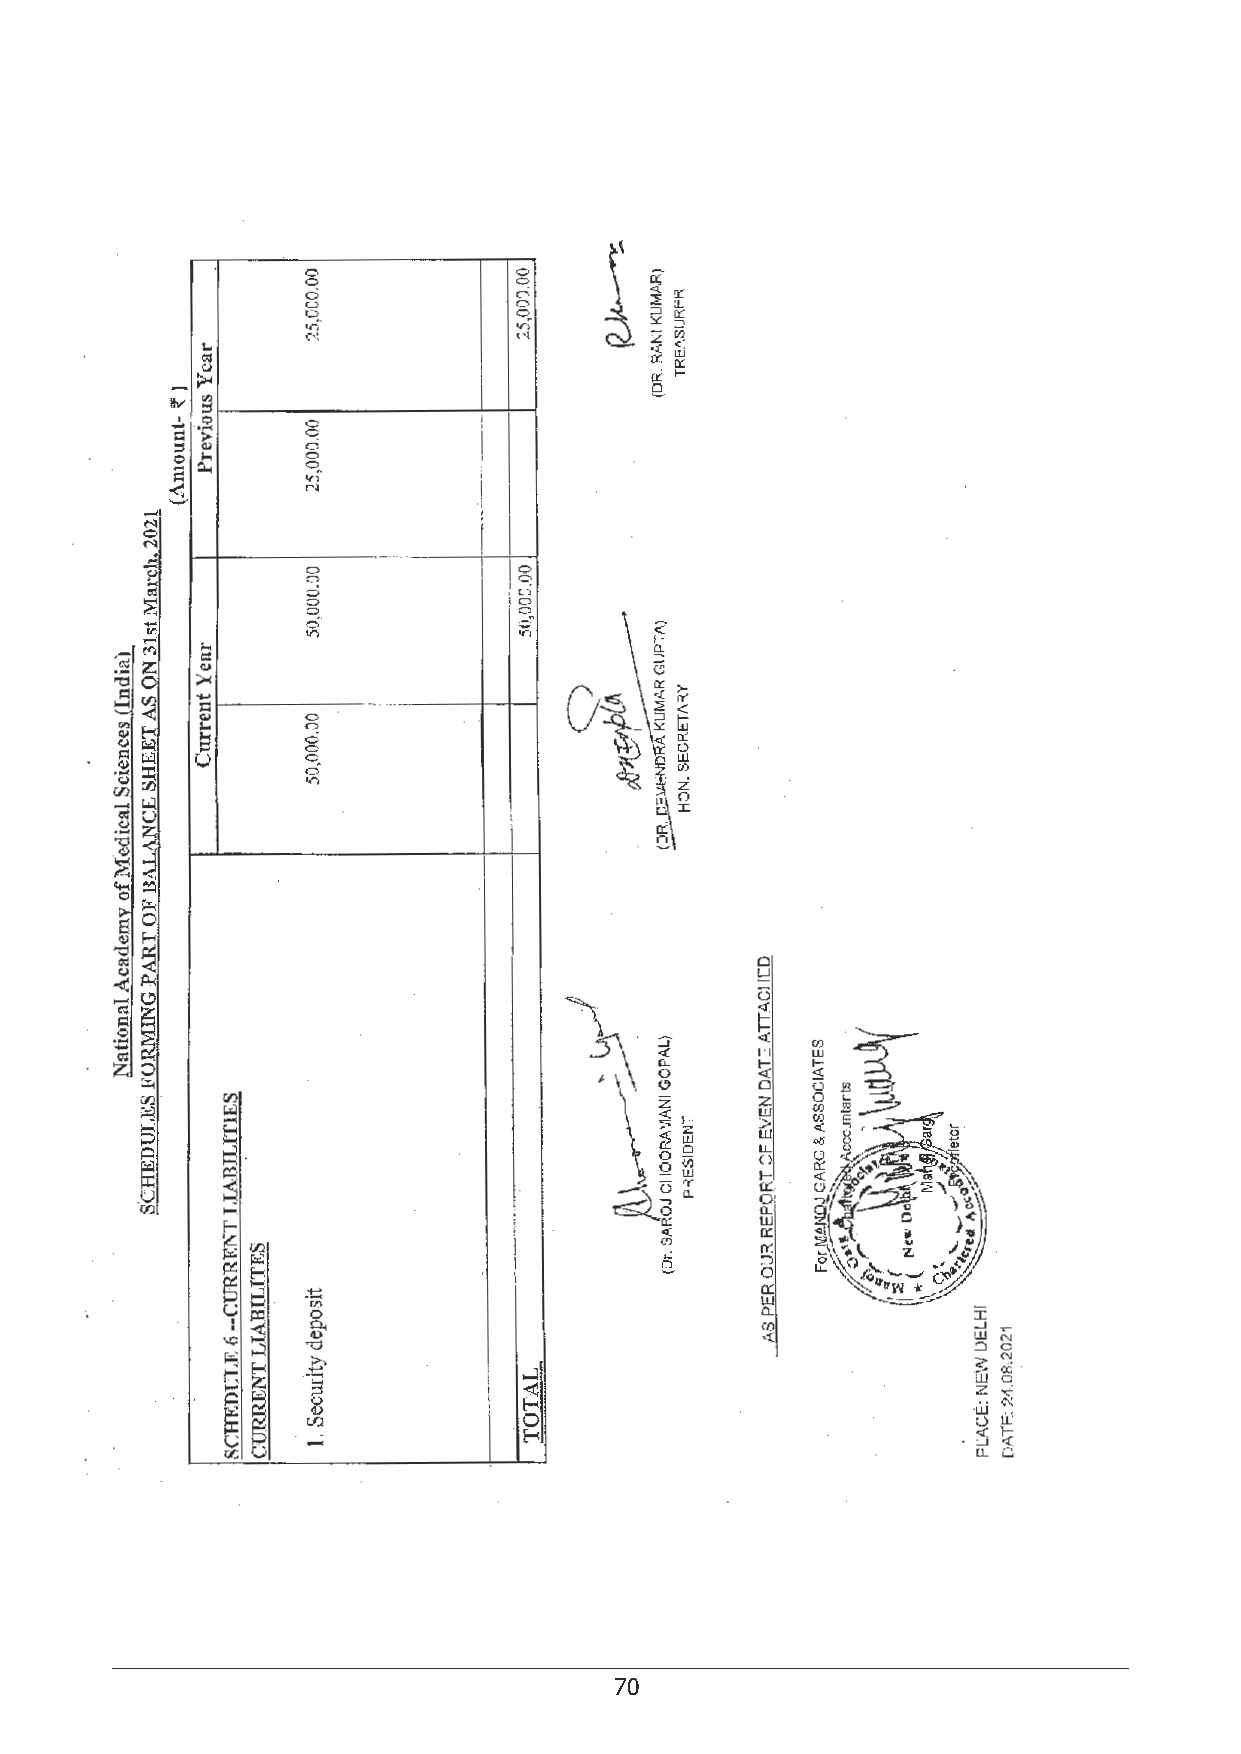
70                                                                                71